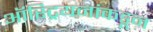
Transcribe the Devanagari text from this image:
ऑस्ट्रियनांकडून